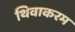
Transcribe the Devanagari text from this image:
थिवाकरम